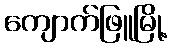
ကျောက်ဖြူမြို့